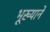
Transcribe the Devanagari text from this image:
भूख्याने